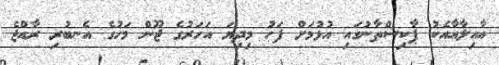
އާއިލާއާއެކު ޕާކިސްތާނުގައި އުޅުމަށް ފަހު މިދިޔަ އަހަރުގެ ޖޫން މަހުގެ އެނބުރި ރާއްޖެ